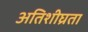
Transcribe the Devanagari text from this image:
अतिशीघ्रता